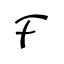
\mathcal { F }